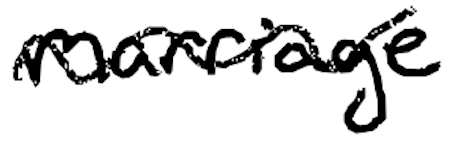
Text: marriage
Cross-out: wave
Writing tool: digital_black